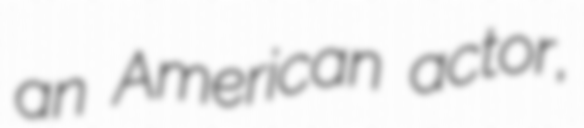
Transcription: an American actor,